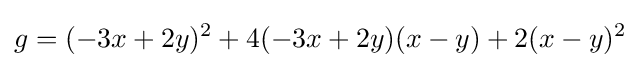
g=(-3x+2y)^{2}+4(-3x+2y)(x-y)+2(x-y)^{2}